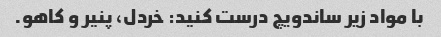
با مواد زیر ساندویچ درست کنید: خردل، پنیر و کاهو.